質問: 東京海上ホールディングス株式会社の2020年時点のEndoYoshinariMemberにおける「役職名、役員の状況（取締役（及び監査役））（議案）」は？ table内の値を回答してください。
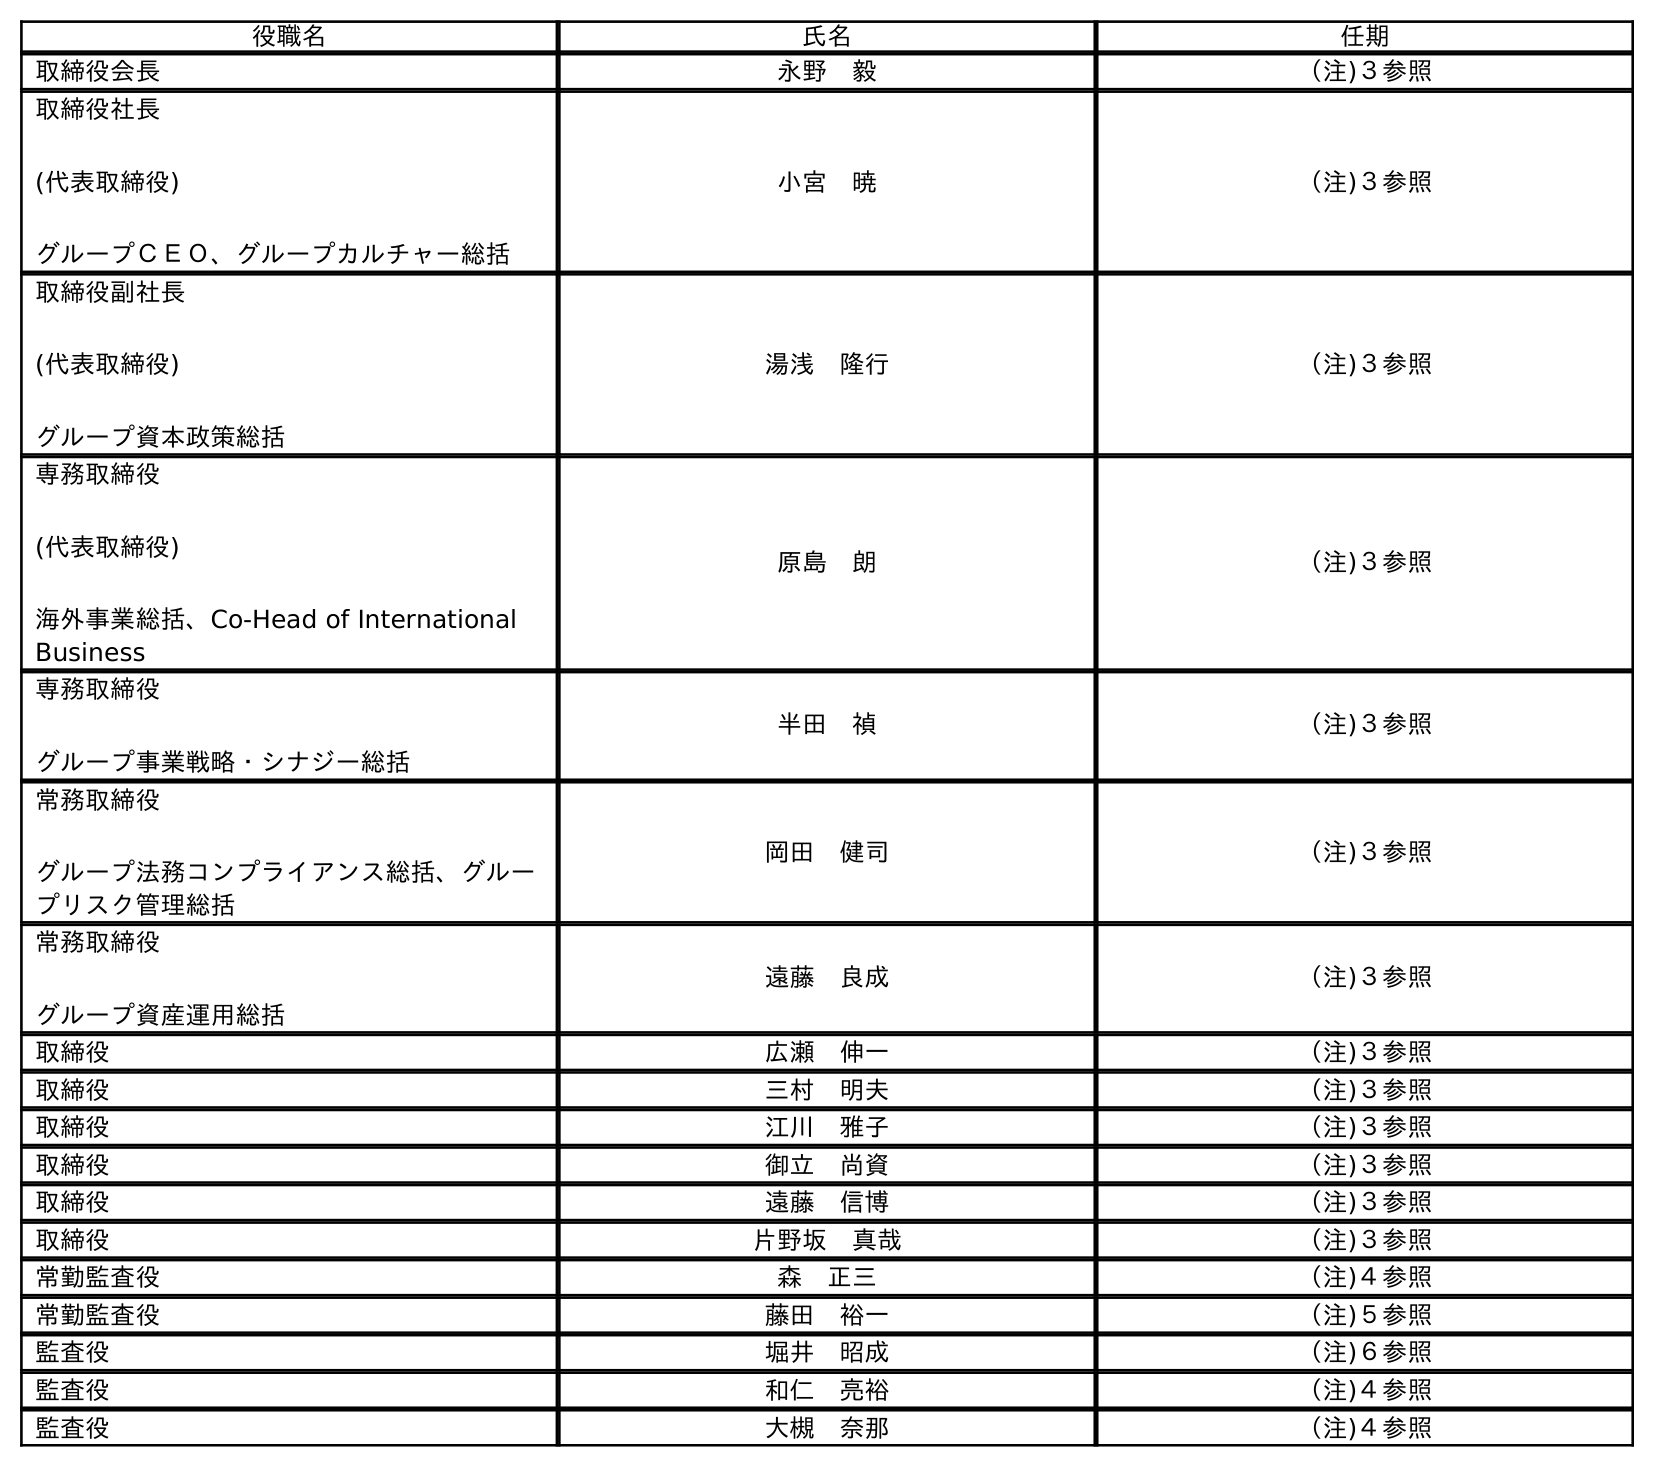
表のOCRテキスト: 役職名 氏名 任期 取締役会長 永野 毅 （注)３参照 取締役社長 (代表取締役) グループＣＥＯ、グループカルチャー総括 小宮 暁 （注)３参照 取締役副社長 (代表取締役) グループ資本政策総括 湯浅 隆行 （注)３参照 専務取締役 (代表取締役) 海外事業総括、Co-Head of International Business 原島 朗 （注)３参照 専務取締役 グループ事業戦略・シナジー総括 半田 禎 （注)３参照 常務取締役 グループ法務コンプライアンス総括、グルー プリスク管理総括 岡田 健司 （注)３参照 常務取締役 グループ資産運用総括 遠藤 良成 （注)３参照 取締役 広瀬 伸一 （注)３参照 取締役 三村 明夫 （注)３参照 取締役 江川 雅子 （注)３参照 取締役 御立 尚資 （注)３参照 取締役 遠藤 信博 （注)３参照 取締役 片野坂 真哉 （注)３参照 常勤監査役 森 正三 （注)４参照 常勤監査役 藤田 裕一 （注)５参照 監査役 堀井 昭成 （注)６参照 監査役 和仁 亮裕 （注)４参照 監査役 大槻 奈那 （注)４参照
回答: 常務取締役グループ資産運用総括